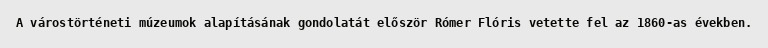
A várostörténeti múzeumok alapításának gondolatát először Rómer Flóris vetette fel az 1860-as években.